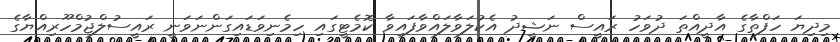
މިދިޔަ ހަފްތާގެ އާދީއްތަ ދުވަހު ރައީސް ނަޝީދު އެކުލަވާލައްވާފައިވާ ކޮމެޓީގައި ހިމެނިވަޑައިގަންނަވަނީ ރައީސުލްޖުމްހޫރިއްޔާގެ